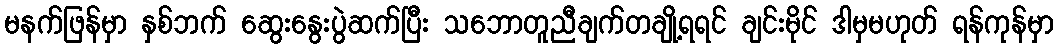
မနက်ဖြန်မှာ နှစ်ဘက် ဆွေးနွေးပွဲဆက်ပြီး သဘောတူညီချက်တချို့ရရင် ချင်းမိုင် ဒါမှမဟုတ် ရန်ကုန်မှာ